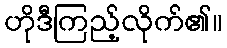
ဟိုဒီကြည့်လိုက်၏။